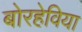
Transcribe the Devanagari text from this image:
बोरहेविया